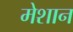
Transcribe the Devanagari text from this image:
मेशान